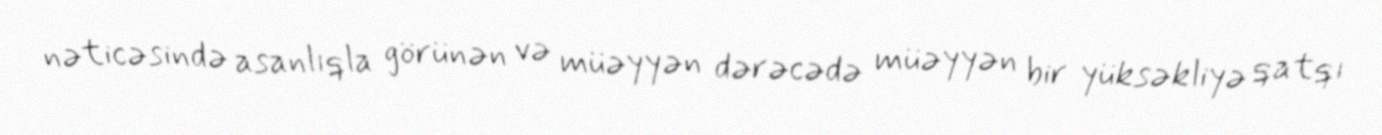
nəticəsində asanlıqla görünən və müəyyən dərəcədə müəyyən bir yüksəkliyə qatqı